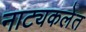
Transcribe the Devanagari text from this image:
नाट्यकलेत